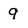
Character: 9